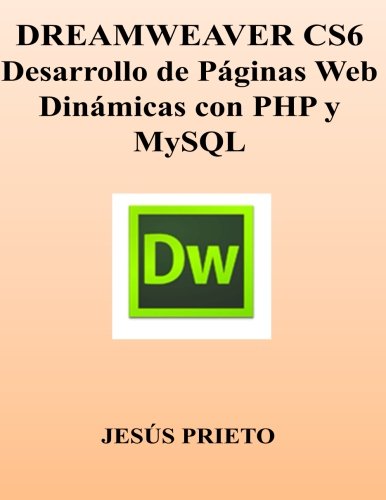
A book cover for DREAMWEAVER CS6. Desarrollo de Paginas Web Dinamicas con PHP y MySQL (Spanish Edition); Jesus Prieto; Computers & Technology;